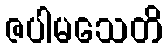
ဇပါမသေတိ